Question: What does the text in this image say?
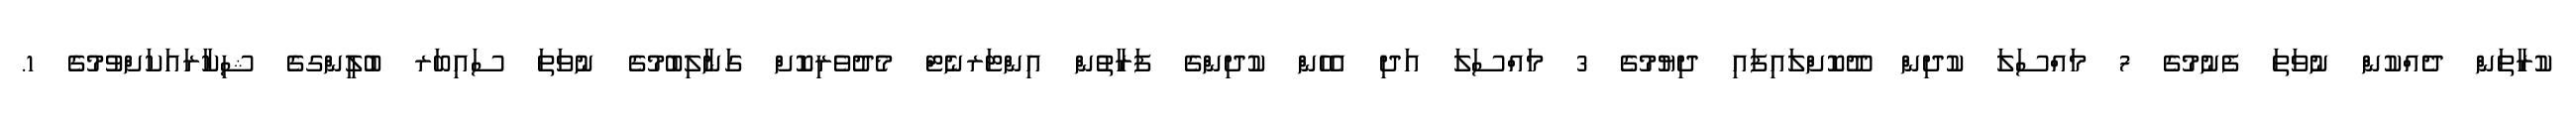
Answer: ކުރާތަން ދެއްކުން ނުވަތަ ފެނުމުގެ 7 މައްސަލަ ކުދިން ދޫކޮށްލައިފައި ދިޔުމުގެ 3 މައްސަލަ އަދި އެހެން ކުދިންގެ ފަރާތުން އިންޓަރނެޓް މެދުވެރިކޮށް ގަނާލިބުމުގެ ނުވަތަ ސައިބަރ ބުލީންގގެ ޝިކާރައަކަށްވުމުގެ 1.